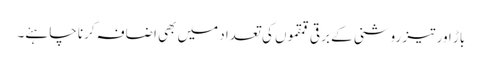
باڑ اور تیز روشنی کے برقی قمقموں کی تعداد میں بھی اضافہ کرنا چاہئے۔